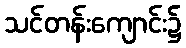
သင်တန်းကျောင်း၌